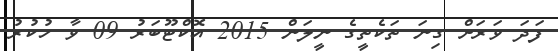
ފަދަ ވަރަށް ގިނަ ތަކެތީގެ ނީލަން 2015 އޮކްޓޫބަރު 09 ވާ ހުކުރު